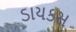
ડાયકસ